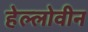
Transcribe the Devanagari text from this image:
हेल्लोवीन